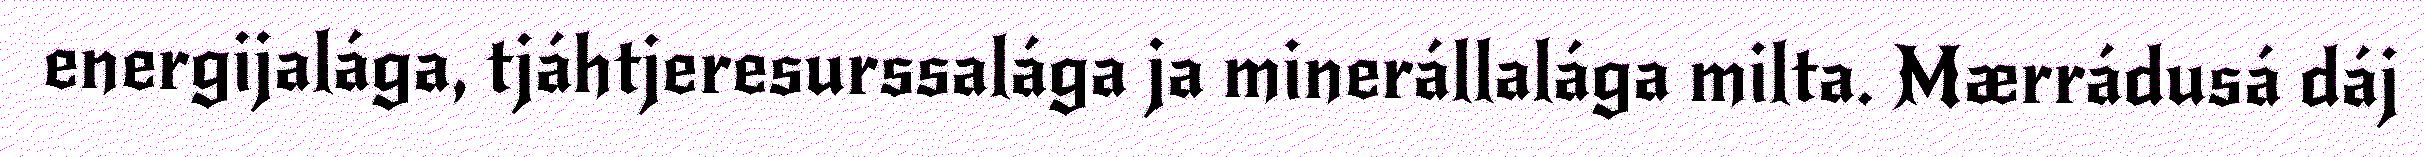
energijalága, tjáhtjeresurssalága ja minerállalága milta. Mærrádusá dáj